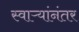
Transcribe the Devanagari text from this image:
स्वाऱ्यांनंतर